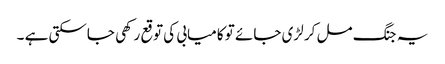
یہ جنگ مل کر لڑی جائے تو کامیابی کی توقع رکھی جاسکتی ہے ۔